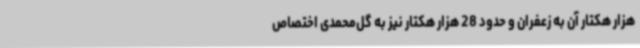
هزار هکتار آن به زعفران و حدود 28 هزار هکتار نیز به گل‌محمدی اختصاص